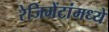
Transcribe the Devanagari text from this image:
रेजिमेंटांमध्ये